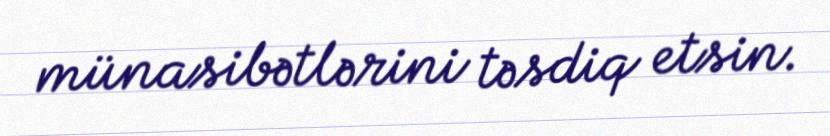
münasibətlərini təsdiq etsin.